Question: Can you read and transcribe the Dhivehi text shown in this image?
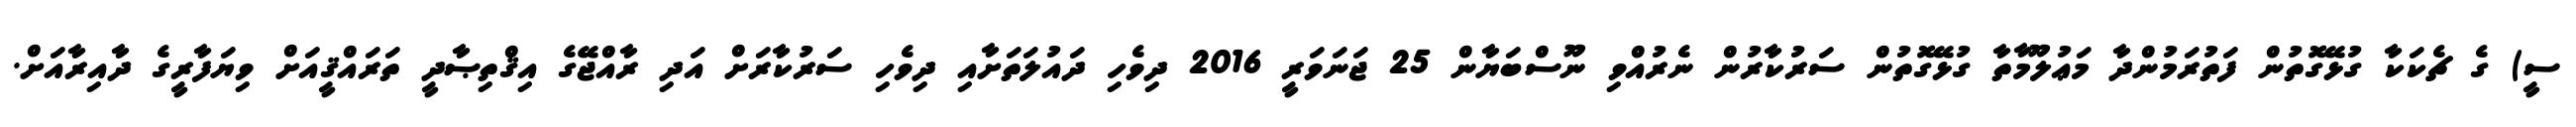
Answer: ސީ) ގެ ޗެކަކާ ގުޅޭގޮތުން ފަތުރަމުންދާ މަޢުލޫމާތާ ގުޅޭގޮތުން ސަރުކާރުން ނެރުއްވި ނޫސްބަޔާން 25 ޖަނަވަރީ 2016 ދިވެހި ދައުލަތަށާއި ދިވެހި ސަރުކާރަށް އަދި ރާއްޖޭގެ އިޤްތިޞާދީ ތަރައްޤީއަށް ވިޔަފާރީގެ ދާއިރާއަށް.